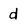
Character: d